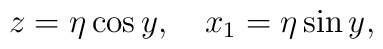
z = \eta \cos y , \quad x_1 = \eta \sin y ,